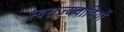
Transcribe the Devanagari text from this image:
स्वराज्यवादियों